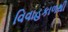
વિવાહકાળથી